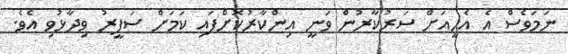
ނަމަވެސް އެ އެހީއަށް ސަރުކާރުން ވަނީ އިންކާރުކޮށްފައި ކަމަށް ސަފީރު ވިދާޅުވި އެވެ.